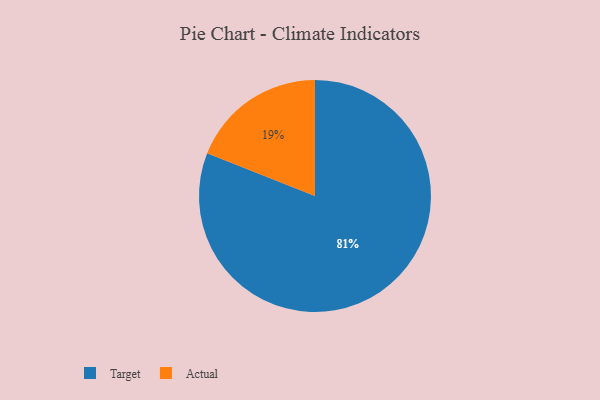
{"axis": {"x": "Category", "y": "Percentage"}, "legend": ["Actual", "Target"], "data": [{"x": "Actual", "y": 19, "type": "Actual"}, {"x": "Target", "y": 81, "type": "Target"}]}